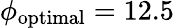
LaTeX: \phi_{\textrm{optimal}}=12.5\